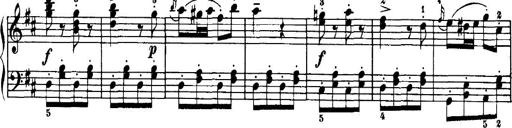
Title: 7 Sonatinas
Composer: Anton Diabelli